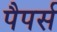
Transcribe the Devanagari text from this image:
पैपर्स